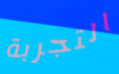
التجربة